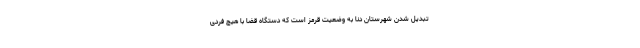
تبدیل شدن شهرستان دنا به وضعیت قرمز است که دستگاه قضا با هیچ فردی